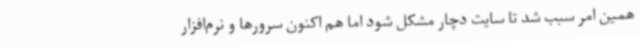
همین امر سبب شد تا سایت دچار مشکل شود اما هم اکنون سرورها و نرم‌افزار